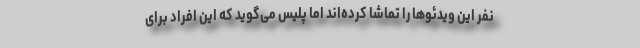
نفر این ویدئوها را تماشا کرده‌اند اما پلیس می‌گوید که این افراد برای